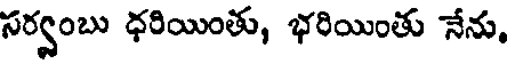
సర్వంబు ధరియింతు, భరియింతు నేను,